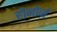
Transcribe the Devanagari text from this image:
होनोर्ज़